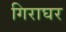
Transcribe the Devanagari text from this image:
गिराघर